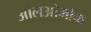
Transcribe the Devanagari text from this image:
ऑलओमोक